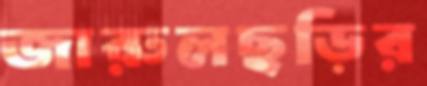
জারুলছড়ির